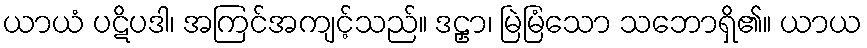
ယာယံ ပဋိပဒါ၊ အကြင်အကျင့်သည်။ ဒဠှာ၊ မြဲမြံသော သဘောရှိ၏။ ယာယ